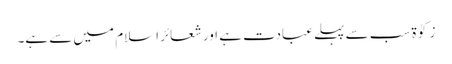
زکوٰۃ سب سے پہلے عبادت ہے اور شعائر اسلام میں سے ہے۔